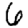
Digit: 6